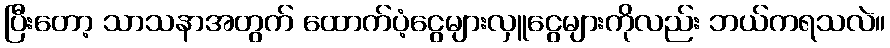
ပြီးတော့ သာသနာအတွက် ထောက်ပံ့ငွေများလှူငွေများကိုလည်း ဘယ်ကရသလဲ။